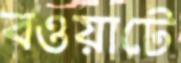
বওয়াটে